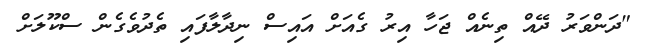
"ދަންވަރު ދޭއް ތިނެއް ޖަހާ އިރު ގެއަށް އައިސް ނިދާލާފައި ތެދުވެގެން ސްކޫލަށް